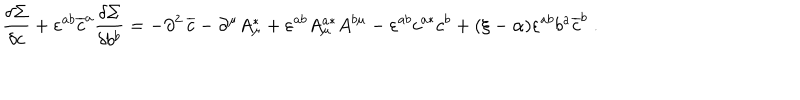
\frac { \delta \Sigma } { \delta c } + \varepsilon ^ { a b } \overline { { { c } } } ^ { a } \frac { \delta \Sigma } { \delta b ^ { b } } = - \partial ^ { 2 } \, \overline { { { c } } } - \partial ^ { \mu } A _ { \mu } ^ { * } + \varepsilon ^ { a b } A _ { \mu } ^ { a * } A ^ { b \mu } - \varepsilon ^ { a b } c ^ { a * } c ^ { b } + ( \xi - \alpha ) \varepsilon ^ { a b } b ^ { a } \overline { { { c } } } ^ { b } \; .